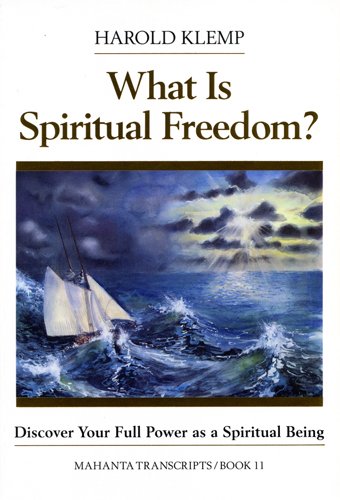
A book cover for What Is Spiritual Freedom? (Mahanta Transcripts, Bk 11); Harold Klemp; Religion & Spirituality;